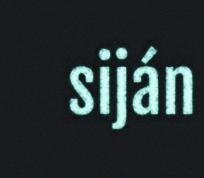
siján